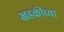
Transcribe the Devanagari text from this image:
खडकीच्या